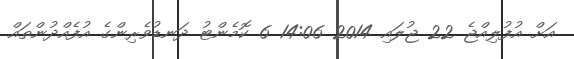
އަށް އުފުލިއްޖެ 22 ޖުލައި 2014 14:06 6 ކޮމެންޓު ދަނޑުވެރިންގެ އުފެއްދުންތައް